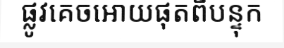
ផ្លូវគេចអោយផុតពីបន្ទុក